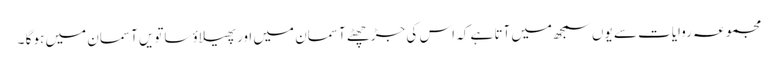
مجموعہ روایات سے یوں سمجھ میں آتا ہے کہ اس کی جڑ چھٹے آسمان میں اور پھیلاؤ ساتویں آسمان میں ہو گا ۔